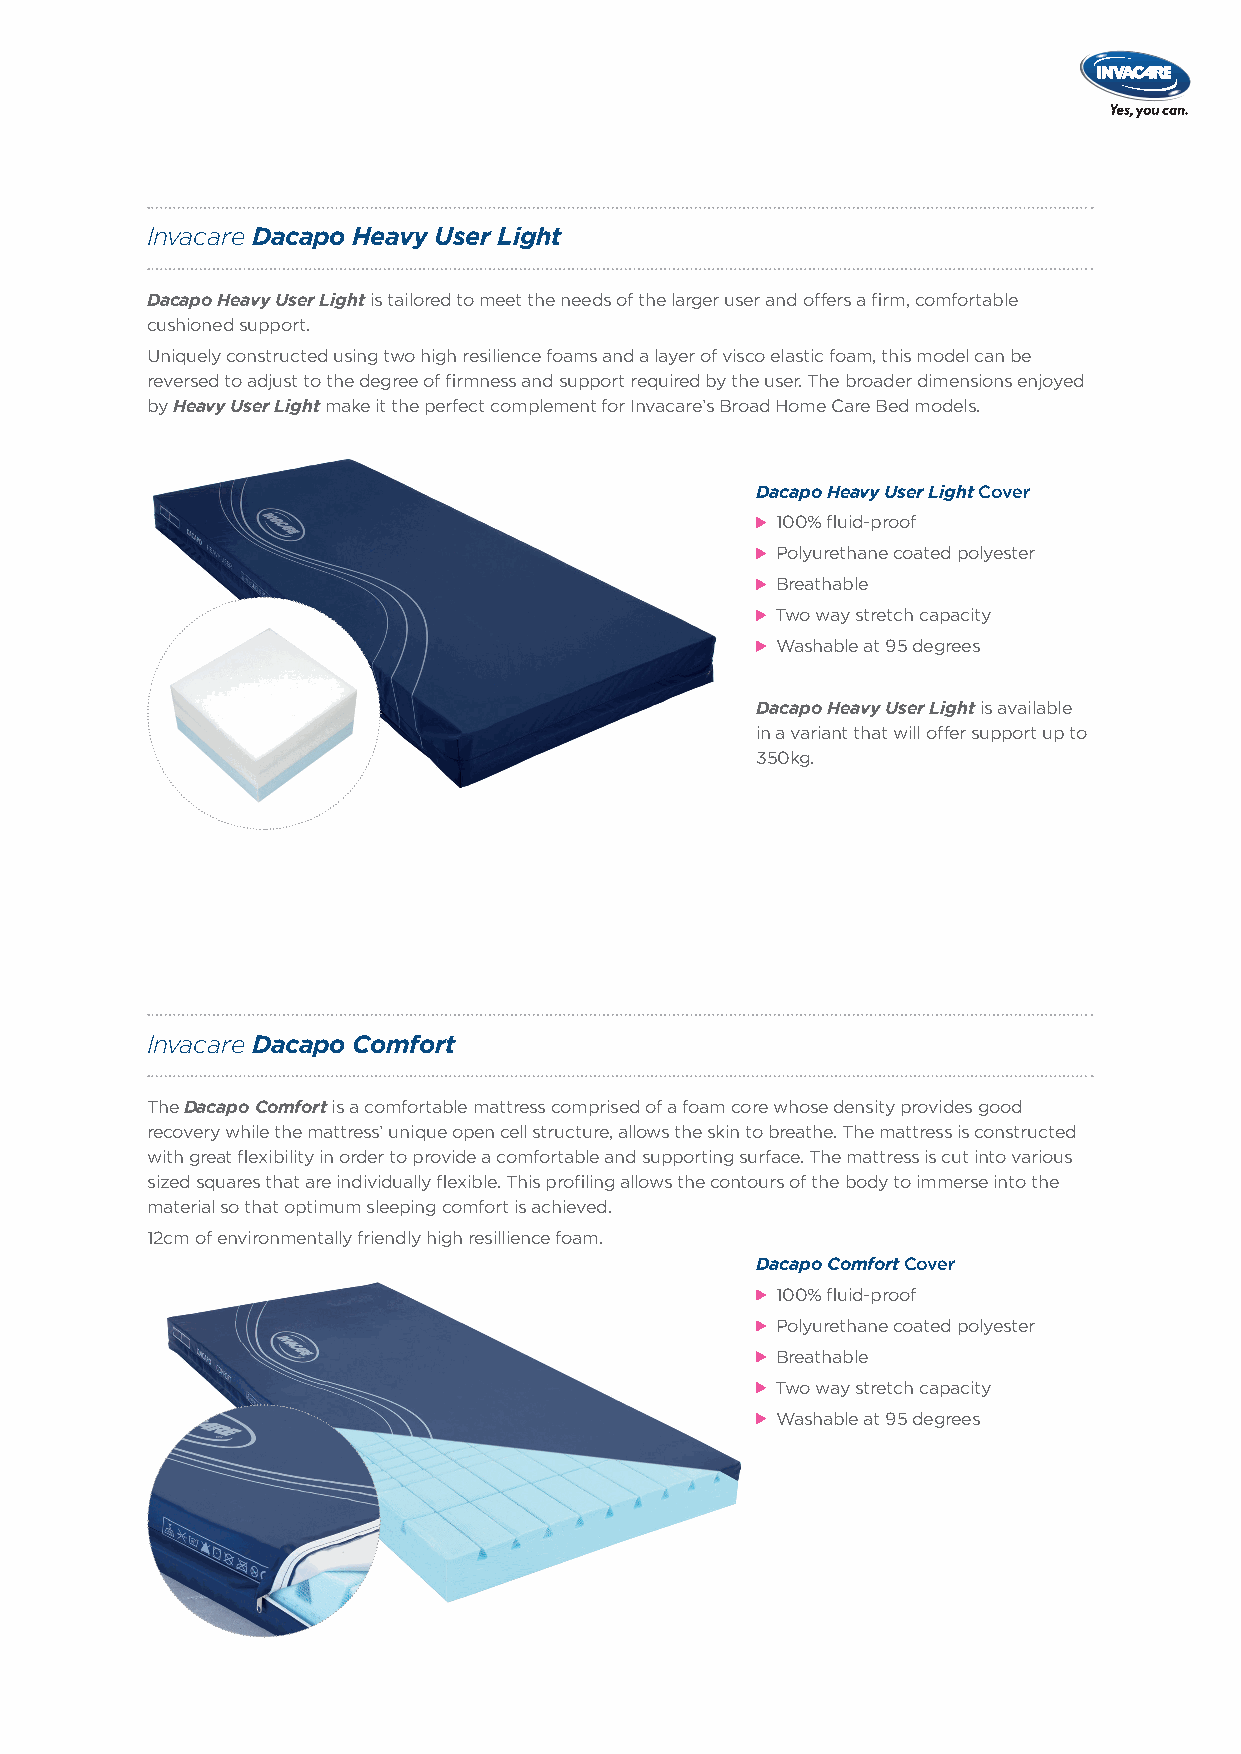
Invacare Dacapo Heavy User Light
 Dacapo Heavy User Light is tailored to meet the needs of the larger user and offers a firm, comfortable
 cushioned support.
 Uniquely constructed using two high resilience foams and a layer of visco elastic foam, this model can be
 reversed to adjust to the degree of firmness and support required by the user. The broader dimensions enjoyed
 by Heavy User Light make it the perfect complement for Invacare’s Broad Home Care Bed models.
 Dacapo Heavy User Light Cover
 100% fluid-proof
 Polyurethane coated polyester
 Breathable
 Two way stretch capacity
 Washable at 95 degrees
 Dacapo Heavy User Light is available
 in a variant that will offer support up to
 350kg.
 Invacare Dacapo Comfort
 The Dacapo Comfort is a comfortable mattress comprised of a foam core whose density provides good
 recovery while the mattress’ unique open cell structure, allows the skin to breathe. The mattress is constructed
 with great flexibility in order to provide a comfortable and supporting surface. The mattress is cut into various
 sized squares that are individually flexible. This profiling allows the contours of the body to immerse into the
 material so that optimum sleeping comfort is achieved.
 12cm of environmentally friendly high resillience foam.
 Dacapo Comfort Cover
 100% fluid-proof
 Polyurethane coated polyester
 Breathable
 Two way stretch capacity
 Washable at 95 degrees